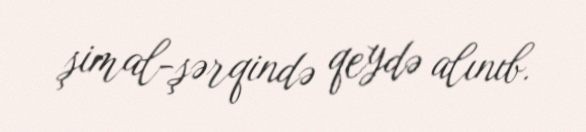
şimal-şərqində qeydə alınıb.